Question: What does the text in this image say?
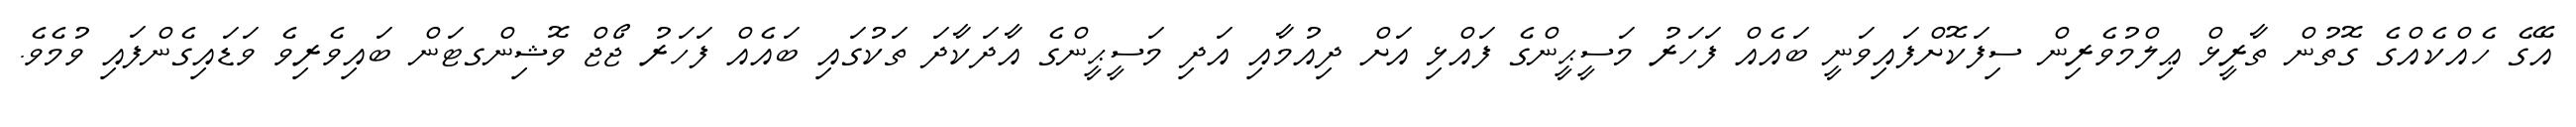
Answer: އޭގެ ހެއްކެއްގެ ގޮތުން ތާރީޅް ޢިލްމުވެރިން ސިފަކޮށްފައިވަނީ ބައެއް ފަހަރު މަސީޙީންގެ ފައްޅި އަށް ދިއުމާއި އަދި މަސީޙީންގެ އާދަކާދަ ތަކުގައި ބައެއް ފަހަރު ޖޯޖް ވޮޝިންގޓަން ބައިވެރިވެ ވަޑައިގެންފައި ވުމެވެ.